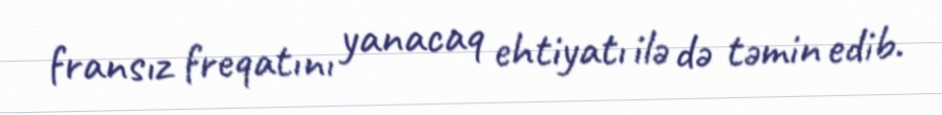
fransız freqatını yanacaq ehtiyatı ilə də təmin edib.